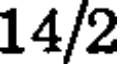
14/2